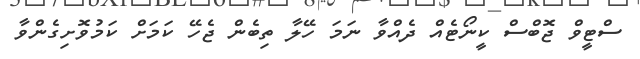
ސްޓީވް ޖޮބްސް ކީނޯޓެއް ދެއްވާ ނަމަ ހޭލާ ތިބެން ޖެހޭ ކަމަށް ކަމުވޮށިގެންވާ